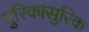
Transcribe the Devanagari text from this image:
युरिकोसुरिक